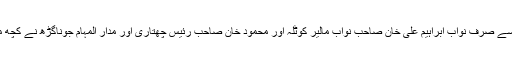
سواس میں سے صرف نواب ابراہیم علی خان صاحب نواب مالیر کوٹلہ اور محمود خان صاحب رئیس چھتاری اور مدار المہام جوناگڑھ نے کچھ مدد کی تھی۔